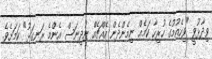
ވިދާޅުވީ "ވިހެއުމުގެ ހުރިހާ ކަމެއް ނިމެންދެން އެއްޗެއް ނުދިނަސް އެންމެ ރަނގަޅު" ކަމަށެވެ.